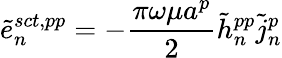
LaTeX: \tilde{e}_{n}^{sct,pp}=-{\frac{\pi\omega\mu a^{p}}{2}}\tilde{h}_{n}^{pp}\tilde{j}_{n}^{p}